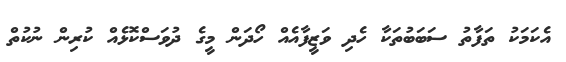
އެކަމަކު ތަފާތު ސަބަބުތަކާ ހެދި ވަޒީފާއެއް ހޯދަން މީގެ ދުވަސްކޮޅެއް ކުރިން ނުކުތް